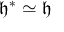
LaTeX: { \mathfrak { h } } ^ { * } \simeq { \mathfrak { h } }